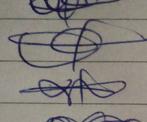
Signature authenticity: forged